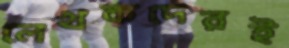
লেখকদেরই